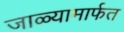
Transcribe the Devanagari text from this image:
जाळ्यामार्फत